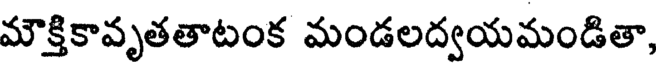
మౌక్తికావృతతాటంక మండలద్వయమండితా,